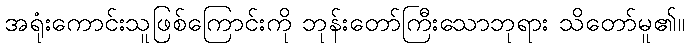
အရုံးကောင်းသူဖြစ်ကြောင်းကို ဘုန်းတော်ကြီးသောဘုရား သိတော်မူ၏။